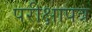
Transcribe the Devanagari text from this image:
परीक्षापत्र